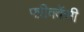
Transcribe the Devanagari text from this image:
फ्ऱीक्वेंसी